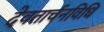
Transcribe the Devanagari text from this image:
देवतार्चनविधि